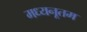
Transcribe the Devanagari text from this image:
मध्यनूतम